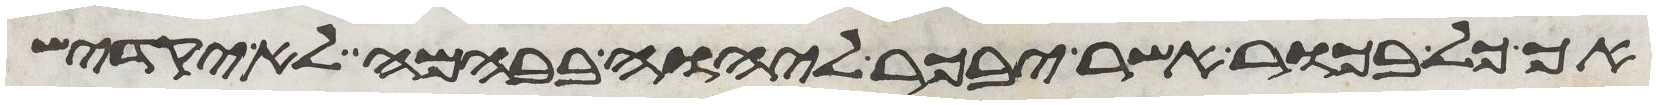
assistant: אך כל בכור אשר יבכר ליהוה בבהמה לא יקדיש